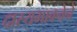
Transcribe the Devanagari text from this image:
दास्यभावनेने